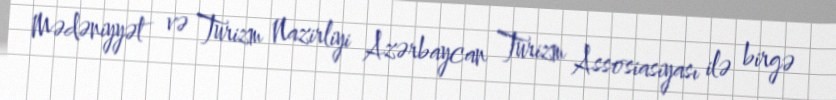
Mədəniyyət və Turizm Nazirliyi Azərbaycan Turizm Assosiasiyası ilə birgə